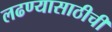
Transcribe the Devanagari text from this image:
लढण्यासाठीची